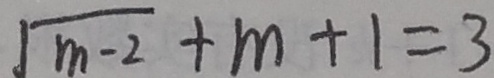
\sqrt { m - 2 } + m + 1 = 3